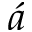
\acute { a }